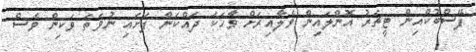
ފޭސްބުކްއިން ޓީޗަރު އޮންލައިން ވެލާއިރަށް ވާހަކަ ދައްކަން ފަށައި ނުވަތަ ވަކިން ވެސް